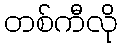
တစ်ကီလို